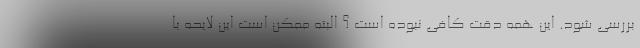
بررسی شود. این همه دقت کافی نبوده است ؟ البته ممکن است این لایحه با